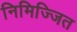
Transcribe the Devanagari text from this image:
निमिज्जित